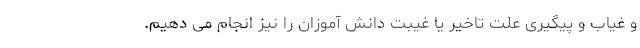
و غیاب و پیگیری علت تاخیر یا غیبت دانش آموزان را نیز انجام می دهیم.